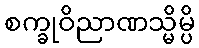
စက္ခုဝိညာဏသ္မိမ္ပိ